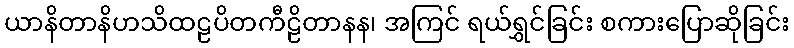
ယာနိတာနိဟသိထဠပိတကီဠိတာနန၊ အကြင် ရယ်ရွှင်ခြင်း စကားပြောဆိုခြင်း